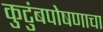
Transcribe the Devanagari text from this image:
कुटुंबपोषणाचा